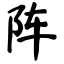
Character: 阵